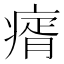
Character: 𤸀